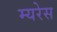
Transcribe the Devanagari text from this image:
म्यरेस